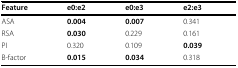
<table><thead><tr><td><b>Feature</b></td><td><b>e0:e2</b></td><td><b>e0:e3</b></td><td><b>e2:e3</b></td></tr></thead><tbody><tr><td>ASA</td><td><b>0.004</b></td><td><b>0.007</b></td><td>0.341</td></tr><tr><td>RSA</td><td><b>0.030</b></td><td>0.229</td><td>0.161</td></tr><tr><td>PI</td><td>0.320</td><td>0.109</td><td><b>0.039</b></td></tr><tr><td>B-factor</td><td><b>0.015</b></td><td><b>0.034</b></td><td>0.318</td></tr></tbody></table>